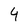
Character: 4